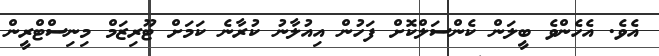
އެވެ. އެހެންވެ ބީލަން ކެންސަލްކޮށް ފަހުން އިއުލާނު ކުރާނެ ކަމަށް ޓޫރިޒަމް މިނިސްޓްރީން